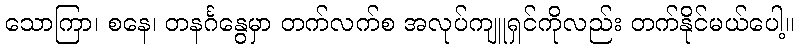
သောကြာ၊ စနေ၊ တနင်္ဂနွေမှာ တက်လက်စ အလုပ်ကျူရှင်ကိုလည်း တက်နိုင်မယ်ပေါ့။